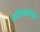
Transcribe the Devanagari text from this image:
कवितांबरोबर